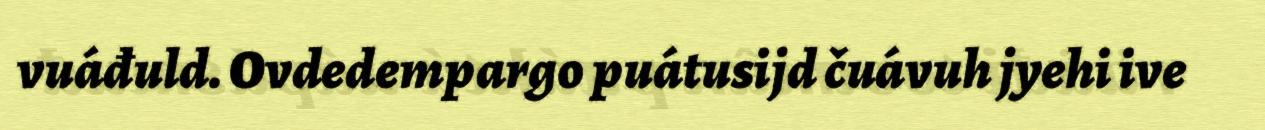
vuáđuld. Ovdedempargo puátusijd čuávuh jyehi ive